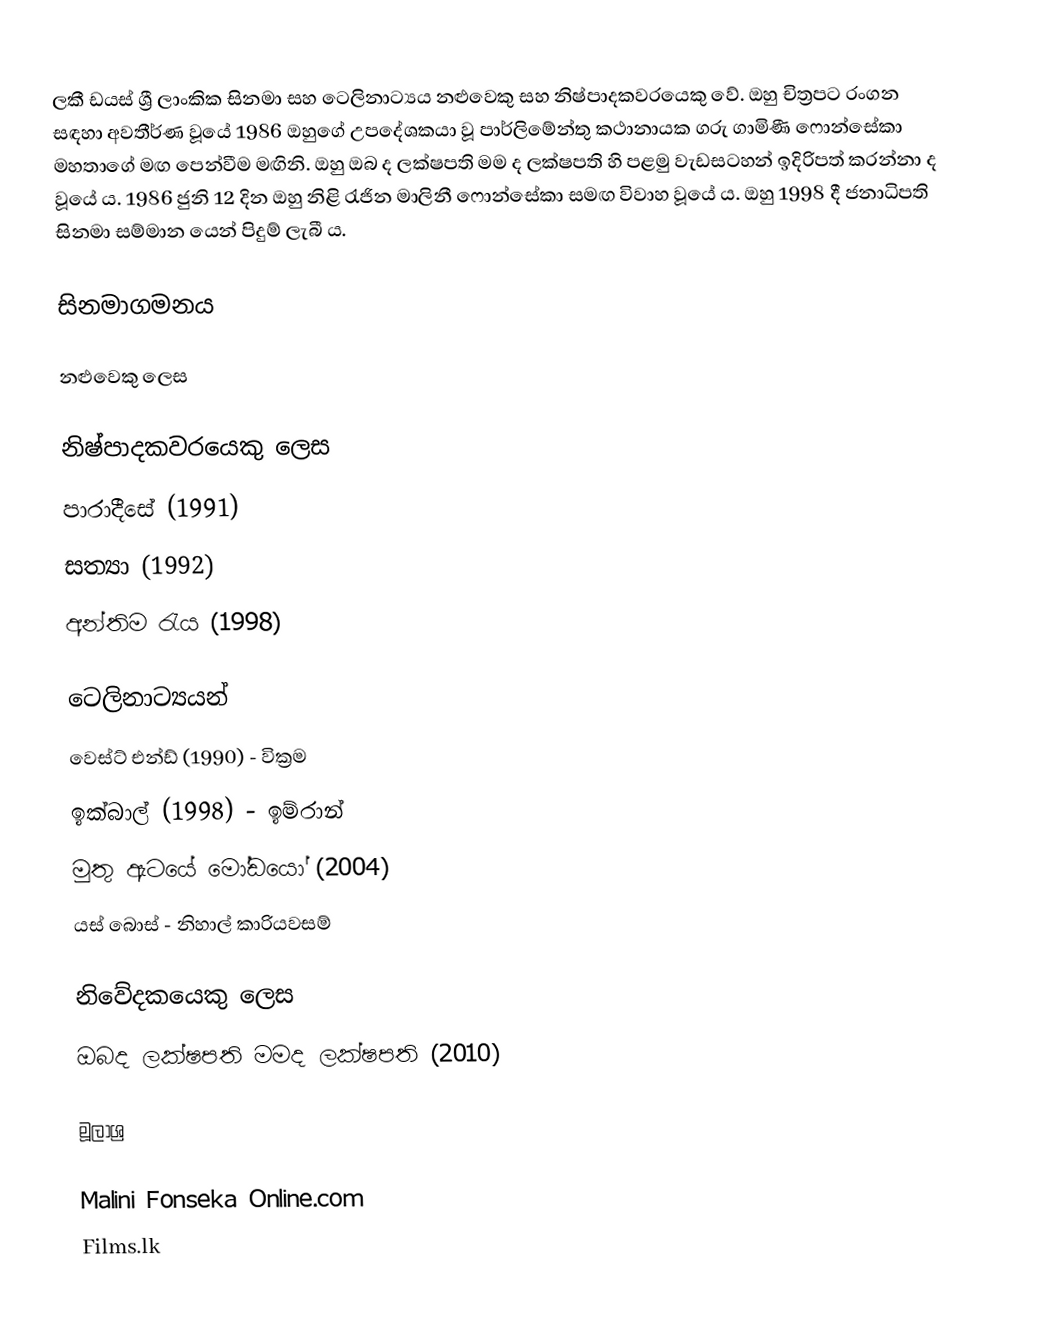
ලකී ඩයස් ශ්‍රී ලාංකික සිනමා සහ ටෙලිනාට්‍යය නළුවෙකු සහ නිෂ්පාදකවරයෙකු වේ. ඔහු චිත්‍රපට රංගන සඳහා අවතීර්ණ වූයේ 1986 ඔහුගේ උපදේශකයා වූ පාර්ලිමේන්තු කථානායක ගරු ගාමිණී ෆොන්සේකා මහතාගේ මඟ පෙන්වීම මඟිනි. ඔහු ඔබ ද ලක්ෂපති මම ද ලක්ෂපති හි පළමු වැඩසටහන් ඉදිරිපත් කරන්නා ද වූයේ ය. 1986 ජුනි 12 දින ඔහු නිළි රැජින මාලිනී ෆොන්සේකා සමඟ විවාහ වූයේ ය. ඔහු 1998 දී ජනාධිපති සිනමා සම්මාන යෙන් පිදුම් ලැබී ය.

සිනමාගමනය

නළුවෙකු ලෙස

නිෂ්පාදකවරයෙකු ලෙස
පාරාදීසේ (1991)
සත්‍යා (1992)
අන්‍තිම රැය (1998)

ටෙලිනාට්‍යයන්
 වෙස්ට් එන්ඩ් (1990) - වික්‍රම
 ඉක්බාල් (1998) - ඉම්රාන්
 මුතු ඇටයේ මෝඩයෝ (2004)
යස් බොස් - නිහාල් කාරියවසම්

නිවේදකයෙකු ලෙස
ඔබද ලක්ෂපති මමද ලක්ෂපති (2010)

මූලාශ්‍ර

Malini Fonseka Online.com
Films.lk